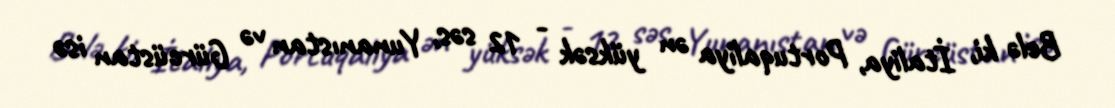
Belə ki, İtaliya, Portuqaliya ən yüksək - 12 səs, Yunanıstan və Gürcüstan isə